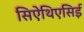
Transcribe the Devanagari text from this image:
सिऐथिएसिई